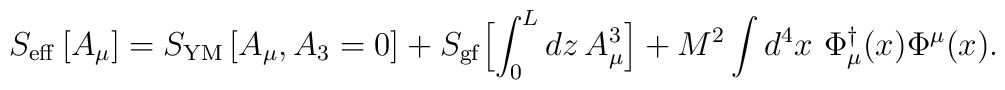
S_{\rm eff} \left[A_{\mu}\right] = S_{\rm YM} \left[A_{\mu},A_{3}=0\right] + S_{\rm gf} \Bigl[ \int_{0}^{L} dz\, A_{\mu}^{3}\Bigr] +  M^{2} \int d^{4}x\,\, \Phi_{\mu}^{\dagger}(x) \Phi^{\mu}(x) .